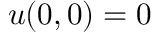
u ( 0 , 0 ) = 0